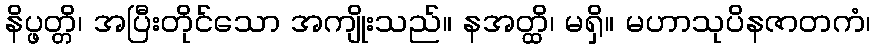
နိပ္ဖတ္တိ၊ အပြီးတိုင်သော အကျိုးသည်။ နအတ္ထိ၊ မရှိ။ မဟာသုပိနဇာတကံ၊